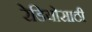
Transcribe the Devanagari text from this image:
रेडियोसाठी